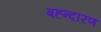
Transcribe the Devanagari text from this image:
बह्न्दारण